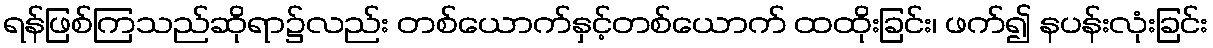
ရန်ဖြစ်ကြသည်ဆိုရာ၌လည်း တစ်ယောက်နှင့်တစ်ယောက် ထထိုးခြင်း၊ ဖက်၍ နပန်းလုံးခြင်း